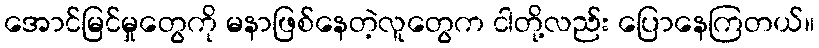
အောင်မြင်မှုတွေကို မနာဖြစ်နေတဲ့လူတွေက ငါတို့လည်း ပြောနေကြတယ်။